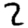
Digit: 2